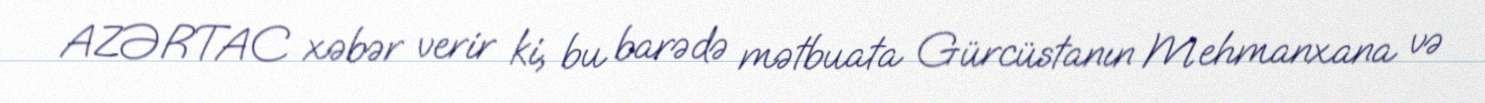
AZƏRTAC xəbər verir ki, bu barədə mətbuata Gürcüstanın Mehmanxana və